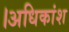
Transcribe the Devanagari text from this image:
।अधिकांश